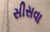
સીસવા